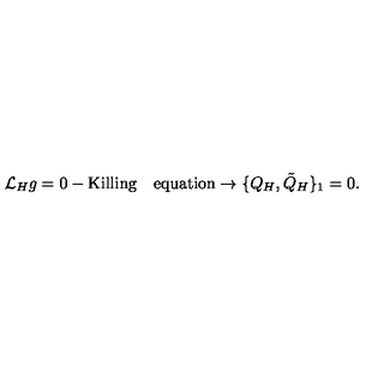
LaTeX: { \cal L } _ { H } g = 0 - \mathrm { { K i l l i n g \quad e q u a t i o n } } \rightarrow \{ Q _ { H } , { \tilde { Q } } _ { H } \} _ { 1 } = 0 .